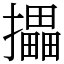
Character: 攂